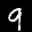
Label: 9